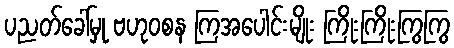
ပညတ်ခေါ်မှု ဗဟုဝစန ကြအပေါင်းမျိုး ကြိုးကြိုးကြွကြွ